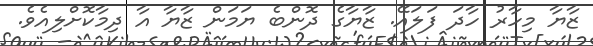
ޒާޔާ މިހާރު ހާދަ ފަލައޭ. ޒާޔާގެ ދޮންބެ ޔަމަން ޒާޔާ އާ ދިމާކޮށްލިއެވެ.